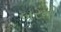
બરની